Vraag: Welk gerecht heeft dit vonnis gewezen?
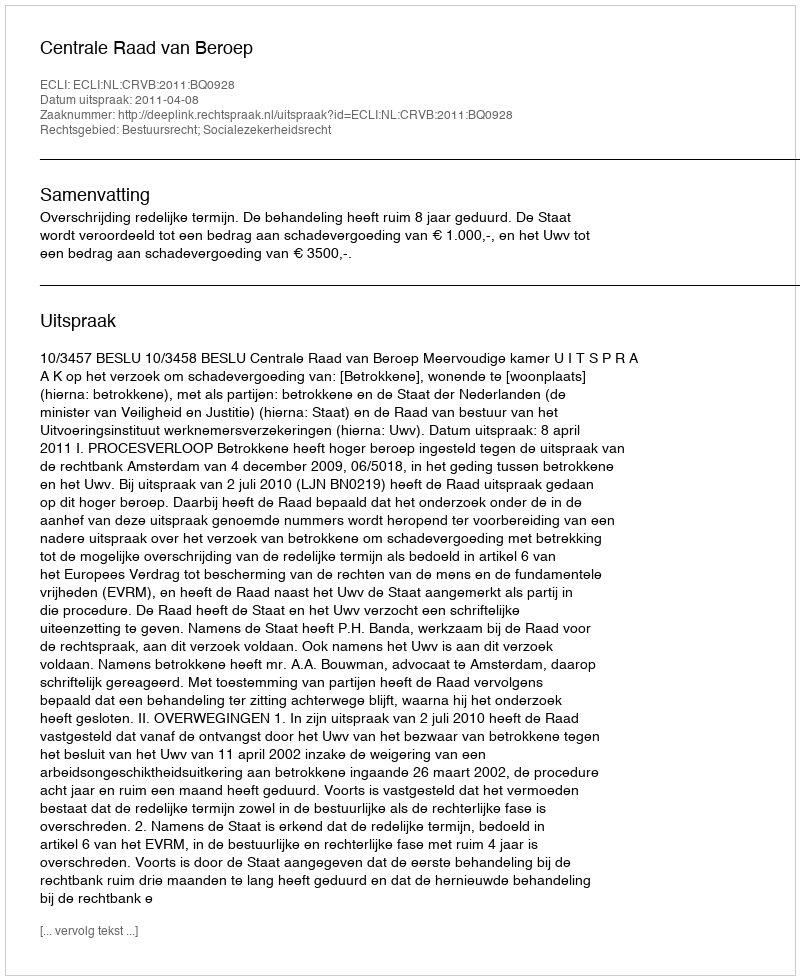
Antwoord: Centrale Raad van Beroep